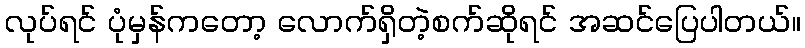
လုပ်ရင် ပုံမှန်ကတော့ လောက်ရှိတဲ့စက်ဆိုရင် အဆင်ပြေပါတယ်။